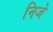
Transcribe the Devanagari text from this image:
निजे